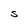
Character: S